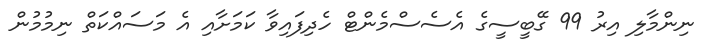
ނިންމާލި އިރު 99 ގޭބީސީގެ އެސެސްމެންޓް ހެދިފައިވާ ކަމަށާއި އެ މަސައްކަތް ނިމުމުން